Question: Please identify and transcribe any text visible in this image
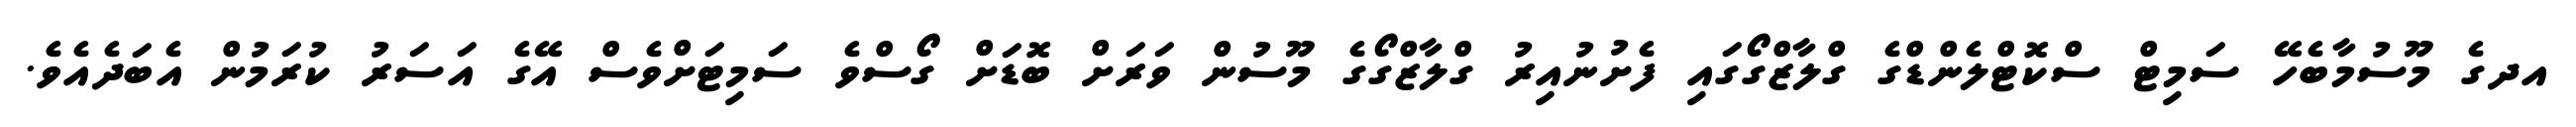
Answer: އދގެ މޫސުމާބެހޭ ސަމިޓް ސްކޮޓްލެންޑްގެ ގްލާޒްގޯގައި ފެށުނުއިރު ގްލާޒްގޯގެ މޫސުން ވަރަށް ބޮޑަށް ގޯސްވެ ސަމިޓަށްވެސް އޭގެ އަސަރު ކުރަމުން އެބަދެއެވެ.